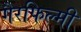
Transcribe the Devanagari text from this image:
गैरफिल्मी